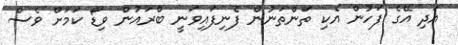
އަދި އޭގެ ފަހުން އެކި ތަންތަނުން ފެނިފަައިވަނީ ބްރައުން ވިޑޯ ކަމަށް ވެސް